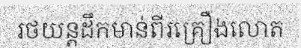
រថយន្តដឹកមាន់ពីរគ្រឿងលោត